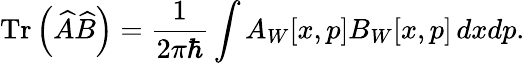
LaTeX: \mathrm{Tr}\left(\widehat{A}\widehat{B}\right)=\frac{1}{2\pi\hbar}\int A_{W}[x,p]B_{W}[x,p]\, dxdp.